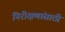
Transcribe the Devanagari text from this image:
निरीक्षणांसाठी